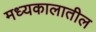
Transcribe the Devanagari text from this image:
मध्यकालातील